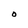
Character: O